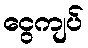
ငွေကျပ်